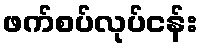
ဖက်စပ်လုပ်ငန်း